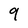
Character: 9